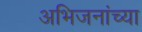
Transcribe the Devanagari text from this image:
अभिजनांच्या